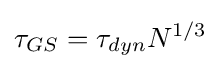
\tau _{GS}=\tau _{dyn}N^{1/3}